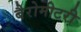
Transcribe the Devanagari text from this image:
बैरोमीटरी